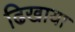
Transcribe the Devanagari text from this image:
ढिखाया